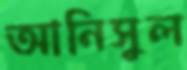
আনিসুল